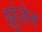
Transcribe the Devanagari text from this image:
झुंजेन